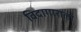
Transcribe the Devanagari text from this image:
विदागाराला